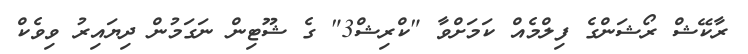
ރާކޭޝް ރޯޝަންގެ ފިލްމެއް ކަމަށްވާ "ކްރިޝް3" ގެ ޝޫޓިން ނަގަމުން ދިޔައިރު ވިވެކް